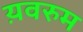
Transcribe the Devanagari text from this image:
य़वरुम